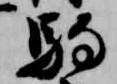
駒